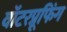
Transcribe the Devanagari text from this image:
वॉटरप्रूफिंग